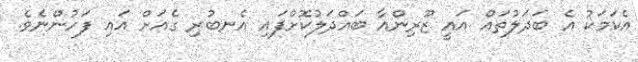
އެކަމަކު އެ ބަދަލުތައް އައީ ޒޫރިންއާ ބައްދަލުކޮށްފައި އެނބުރި ގެއަށް އައި ފަހުންނެވެ.